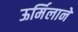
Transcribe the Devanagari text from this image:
ऊर्मिलाने